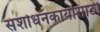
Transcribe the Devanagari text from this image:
संशोधनकार्यासाठी